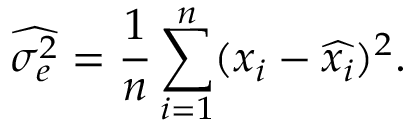
{ \widehat { \sigma _ { e } ^ { 2 } } } = { \frac { 1 } { n } } \sum _ { i = 1 } ^ { n } ( x _ { i } - { \widehat { x _ { i } } } ) ^ { 2 } .